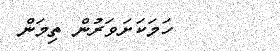
ހަމަކަށަވަރުން ތިމަން